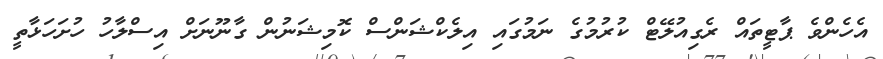
އެހެންވެ ޕާޓީތައް ރެގިއުލޭޓް ކުރުމުގެ ނަމުގައި އިލެކްޝަންސް ކޮމިޝަނުން ގާނޫނަށް އިސްލާހު ހުށަހަޅާތީ